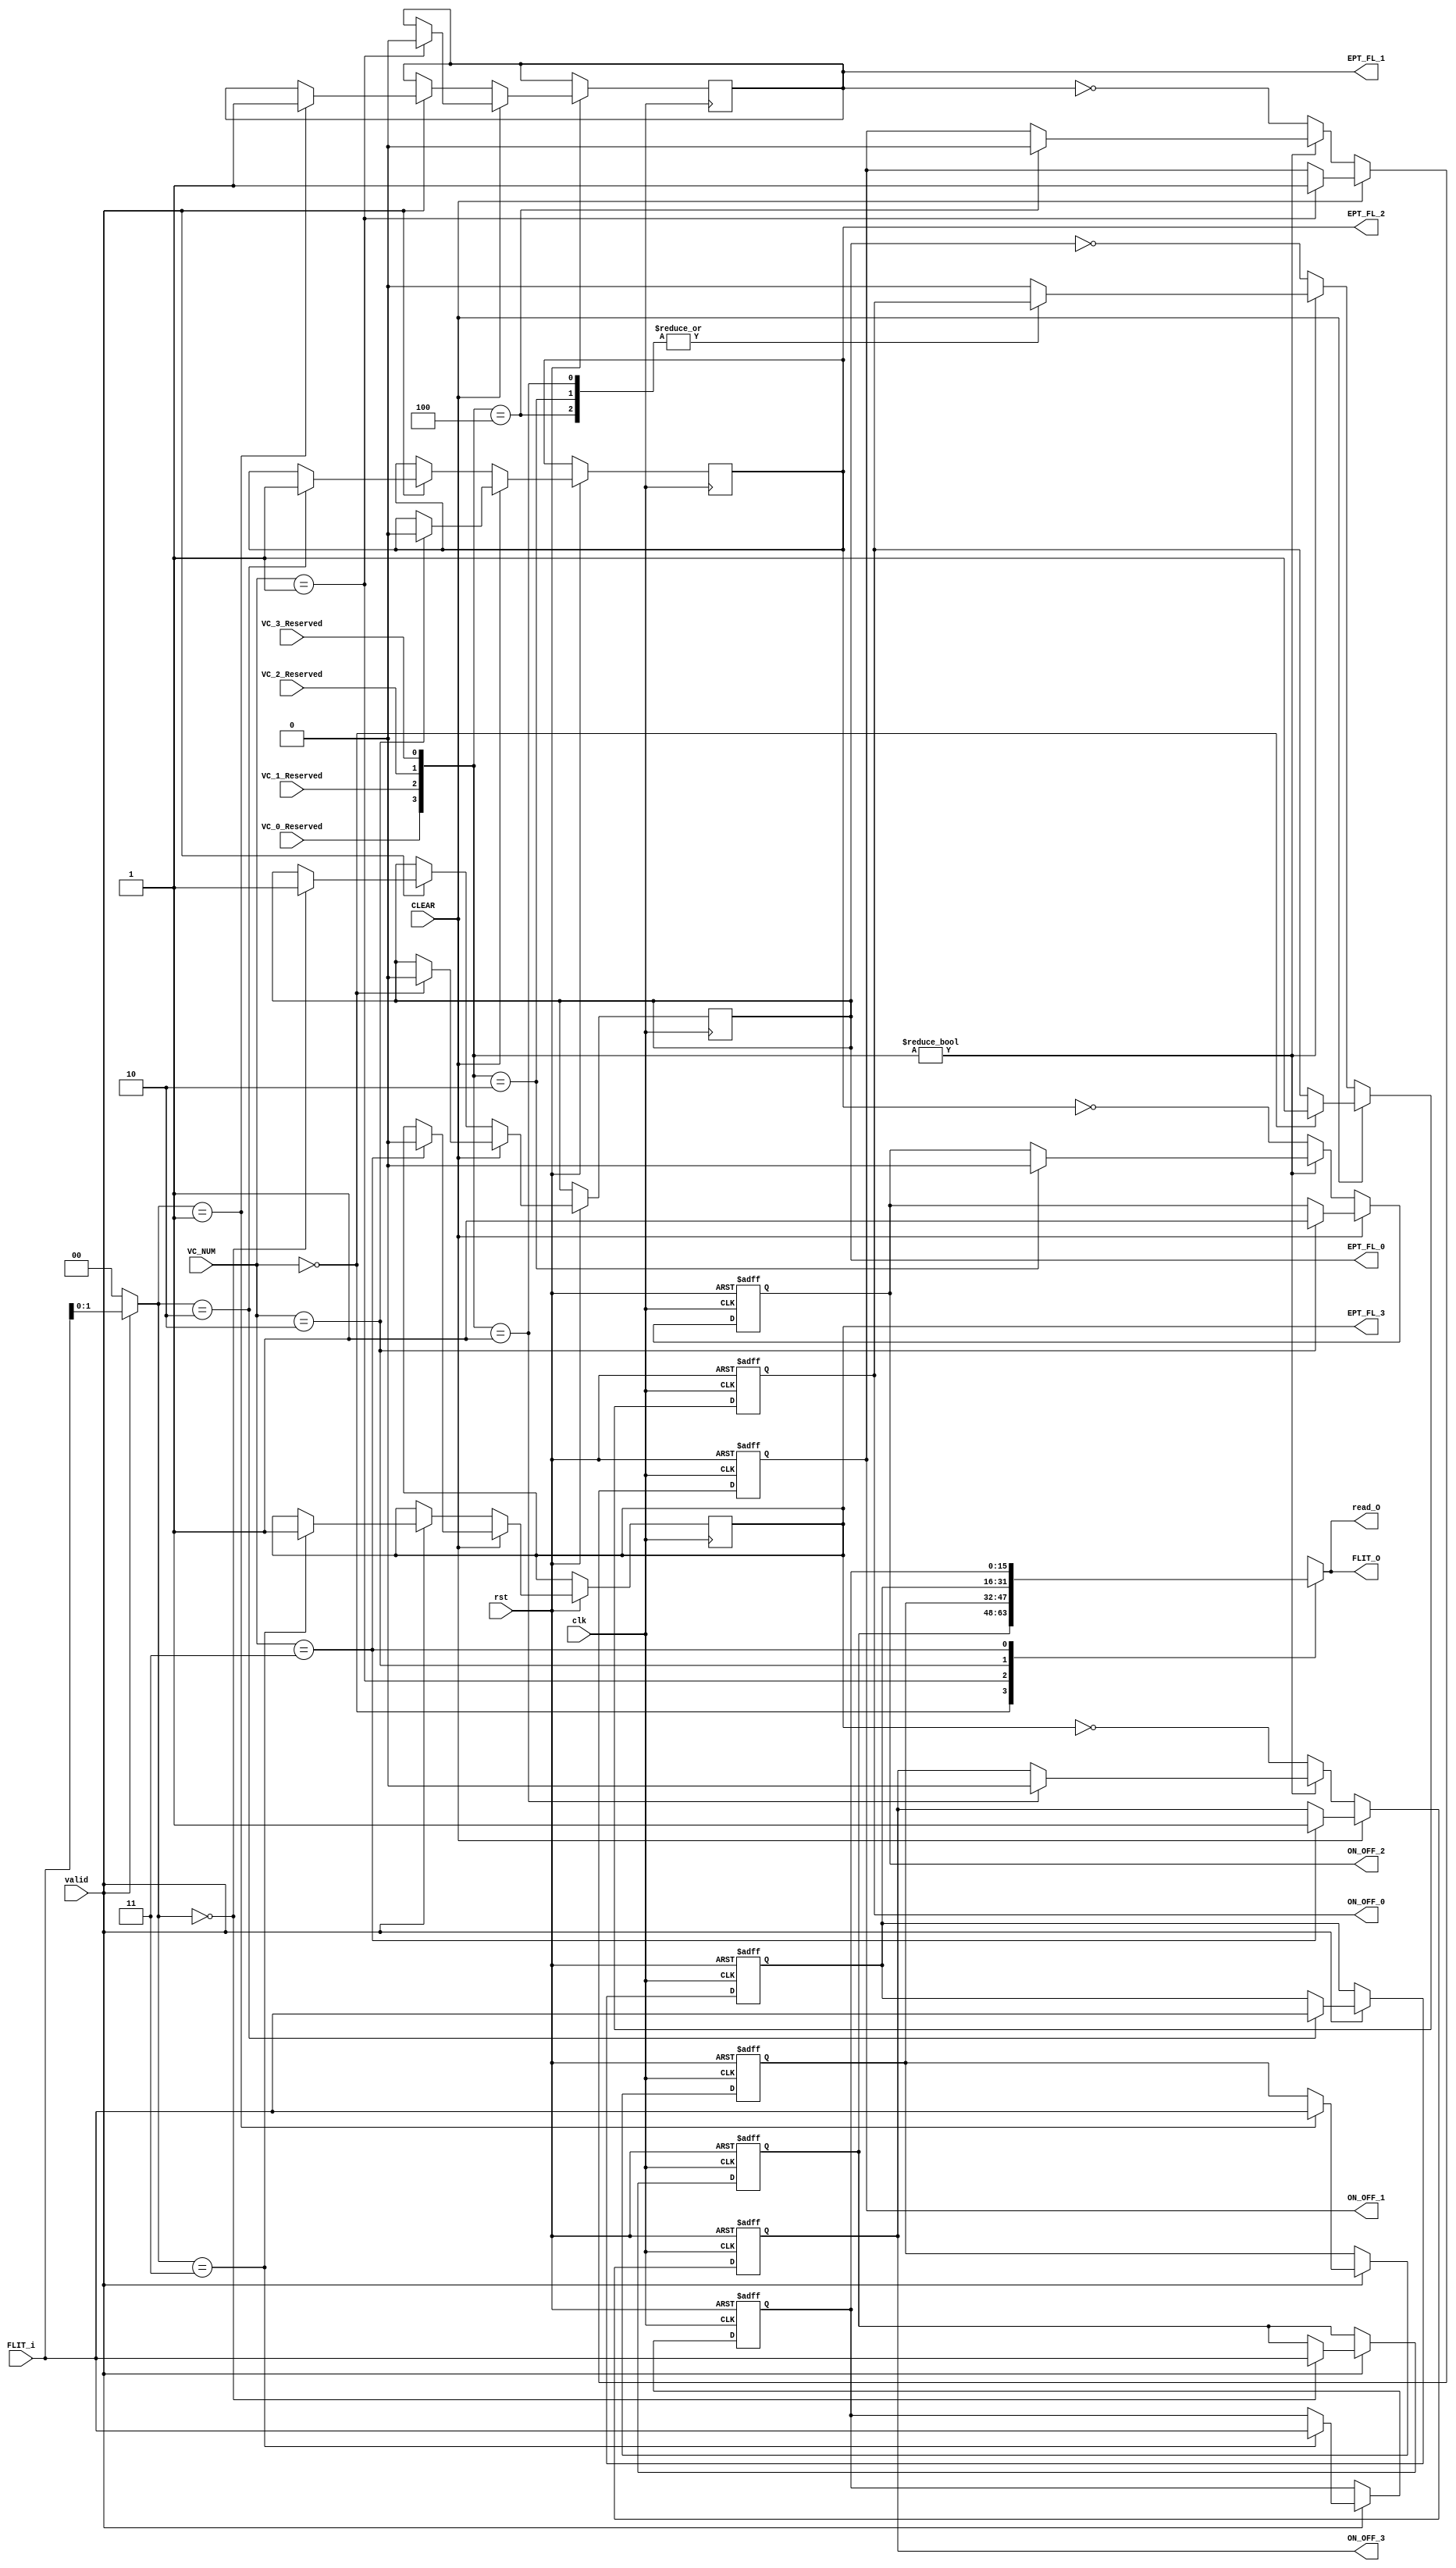
module INPUT_BUFFERS #(parameter flit_width=16)
(
input    wire                        clk,
input    wire                        rst,
input    wire                        CLEAR,                       //from controller
input    wire                        valid,                      //from upstream
input    wire   [1:0]                VC_NUM,                     //FROM Arbiter
input    wire   [flit_width-1:0]     FLIT_i,         
output   reg    [flit_width-1:0]     FLIT_O,                    //to crossbar
output   reg    [flit_width-1:0]     read_O,                   //to controller
//signals for VC0
input    wire                        VC_0_Reserved,            //Control signal from VC ALLOCATOR OF UPSTREAM
output   reg                         ON_OFF_0,                  //CONTROL SIGNAL FOR upstream router
output   reg                         EPT_FL_0,                 //CONTROL SIGNAL FOR Arbiter
//signals for VC1
input    wire                        VC_1_Reserved,
output   reg                         ON_OFF_1,
output   reg                         EPT_FL_1,
//signals for VC2
input    wire                        VC_2_Reserved,
output   reg                         ON_OFF_2,
output   reg                         EPT_FL_2,
//signals for VC3
input    wire                        VC_3_Reserved,
output   reg                         ON_OFF_3,
output   reg                         EPT_FL_3
);



//VCs buffers
reg [flit_width-1:0]  mem_0;
reg [flit_width-1:0]  mem_1;
reg [flit_width-1:0]  mem_2;
reg [flit_width-1:0]  mem_3;




//input selective and buffering
wire [1:0] selector;
assign selector=(valid)? FLIT_i[1:0] : 2'b0;

always@(posedge clk or negedge rst)
  begin
     if(!rst)
	    begin
		   mem_0   <= 'b0;
		   mem_1   <= 'b0;
		   mem_2   <= 'b0;
		   mem_3   <= 'b0;
		 end
	  else if(valid)
	    begin
		    case(selector)
					   2'b00:begin 
						          mem_0<=FLIT_i;
								end
						2'b01:begin 
						          mem_1<=FLIT_i;
								end
						2'b10:begin 
						          mem_2<=FLIT_i;
								end
						2'b11:begin 
						          mem_3<=FLIT_i;
								end
			 endcase
		 end
	  
  end

  
  
 //output flit to controller
 always@(*)
   begin
	   case(VC_NUM)
		  2'b00: read_O = mem_0;

		  2'b01: read_O = mem_1;
		  		  
		  2'b10: read_O = mem_2;
    	  
		  2'b11: read_O = mem_3;

		endcase
	end
 
  

  

//on_off signals controller for upstream vc allocator

 always @ (posedge clk or negedge rst)
  begin
      if(!rst)
		  begin
		    ON_OFF_0<=1'b1;
			 ON_OFF_1<=1'b1;
			 ON_OFF_2<=1'b1;
			 ON_OFF_3<=1'b1;
		  end
      else if(CLEAR)
		  begin
		      case(VC_NUM)
				  2'b00:begin 
							    ON_OFF_0<=1'b1;       //vc available
				  		  end
				  2'b01:begin
							    ON_OFF_1<=1'b1;
				  		  end
				  2'b10:begin
							    ON_OFF_2<=1'b1;
		   		  	  end
				  2'b11:begin
							    ON_OFF_3<=1'b1;
				        end
				endcase
		  end
		else if({VC_0_Reserved,VC_1_Reserved,VC_2_Reserved,VC_3_Reserved})
		  begin
          case({VC_0_Reserved,VC_1_Reserved,VC_2_Reserved,VC_3_Reserved})
            'b1000:ON_OFF_0<=1'b0;
            'b0100:ON_OFF_1<=1'b0;
            'b0010:ON_OFF_2<=1'b0;
            'b0001:ON_OFF_3<=1'b0;
           default:ON_OFF_0<=1'b0;
          endcase
		  end
		  
		else
	      begin	
		      ON_OFF_0<= !EPT_FL_0;
            ON_OFF_1<= !EPT_FL_1;
            ON_OFF_2<= !EPT_FL_2;
            ON_OFF_3<= !EPT_FL_3;
         end

    end 
	 

 
	 
//empty_full signals for Arbiter
always@(posedge clk or negedge rst)
  begin
     if(!rst)
	   begin
		end
	  else if(CLEAR)
	    begin
		    case(VC_NUM)
				 2'b00:begin 
                      EPT_FL_0<=1'b0;       //this vc is empty
						end
				2'b01:begin 
							 EPT_FL_1<=1'b0;
						end
				2'b10:begin 
							 EPT_FL_2<=1'b0;
						end
				2'b11:begin 
							 EPT_FL_3<=1'b0;
						end
			 endcase
		 end
		else if(valid)
	    begin
		    case(selector)
				 2'b00:begin 
                      EPT_FL_0<=1'b1;       //this vc is full
						end
				2'b01:begin 
							 EPT_FL_1<=1'b1;
						end
				2'b10:begin 
							 EPT_FL_2<=1'b1;
						end
				2'b11:begin 
							 EPT_FL_3<=1'b1;
						end
			 endcase
		 end
		 
		 
	  
  end
  
  
  
//output selective
 always@(*)
   begin
	   case(VC_NUM)
		  2'b00: FLIT_O = mem_0;

		  2'b01: FLIT_O = mem_1;
		  		  
		  2'b10: FLIT_O = mem_2;
    	  
		  2'b11: FLIT_O = mem_3;
		endcase
	end 
  
  
  
  
endmodule